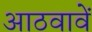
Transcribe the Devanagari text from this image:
आठवावें